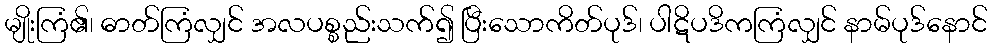
မျိုးကြံ၏၊ ဓာတ်ကြံလျှင် အလပစ္စည်းသက်၍ ပြီးသောကိတ်ပုဒ်၊ ပါဋိပဒိကကြံလျှင် နာမ်ပုဒ်နောင်